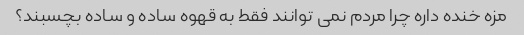
مزه خنده داره چرا مردم نمی توانند فقط به قهوه ساده و ساده بچسبند؟